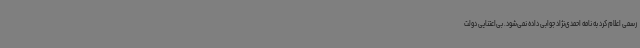
رسمی اعلام کرد به نامه احمدی‌نژاد جوابی داده نمی‌شود. بی‌اعتنایی دولت